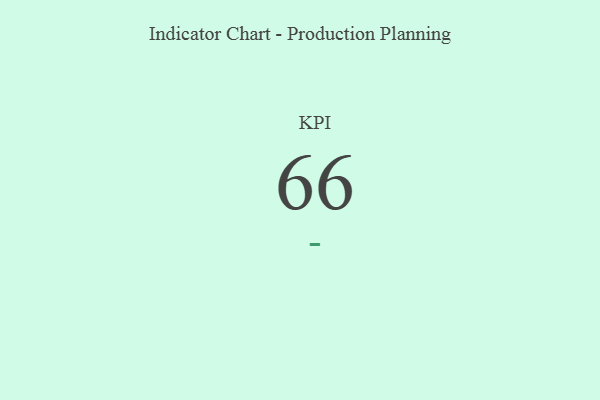
{"axis": {"x": "KPI", "y": "Value"}, "legend": [""], "data": [{"x": "KPI", "y": 66, "type": ""}]}